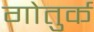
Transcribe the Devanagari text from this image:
गोतुर्क